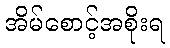
အိမ်စောင့်အစိုးရ